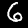
Label: 6